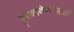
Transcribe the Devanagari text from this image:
हुस्कविण्यासाठी